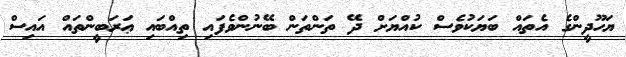
ޔަހޫދީންގެ އެތައް ބަޔަކުވެސް ކުއްޔަށް ދޭ ތަންތަން ބޭނުންވެފައި ތިއްބައި ޢަރަބީންތައް އައިސް